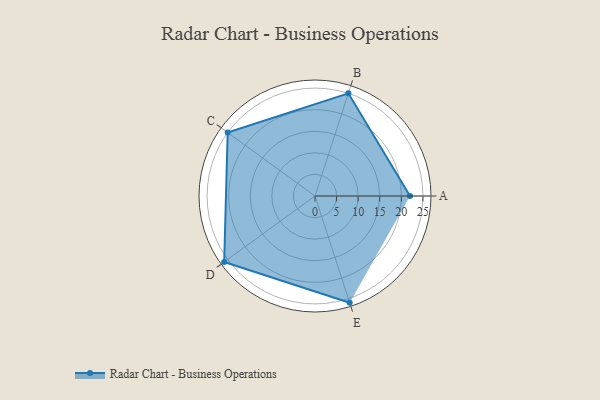
{"axis": {"x": "Skill", "y": "Score"}, "legend": ["Profile"], "data": [{"x": "A", "y": 22.0, "type": "Profile"}, {"x": "B", "y": 25.0, "type": "Profile"}, {"x": "C", "y": 25.0, "type": "Profile"}, {"x": "D", "y": 26.0, "type": "Profile"}, {"x": "E", "y": 26.0, "type": "Profile"}]}